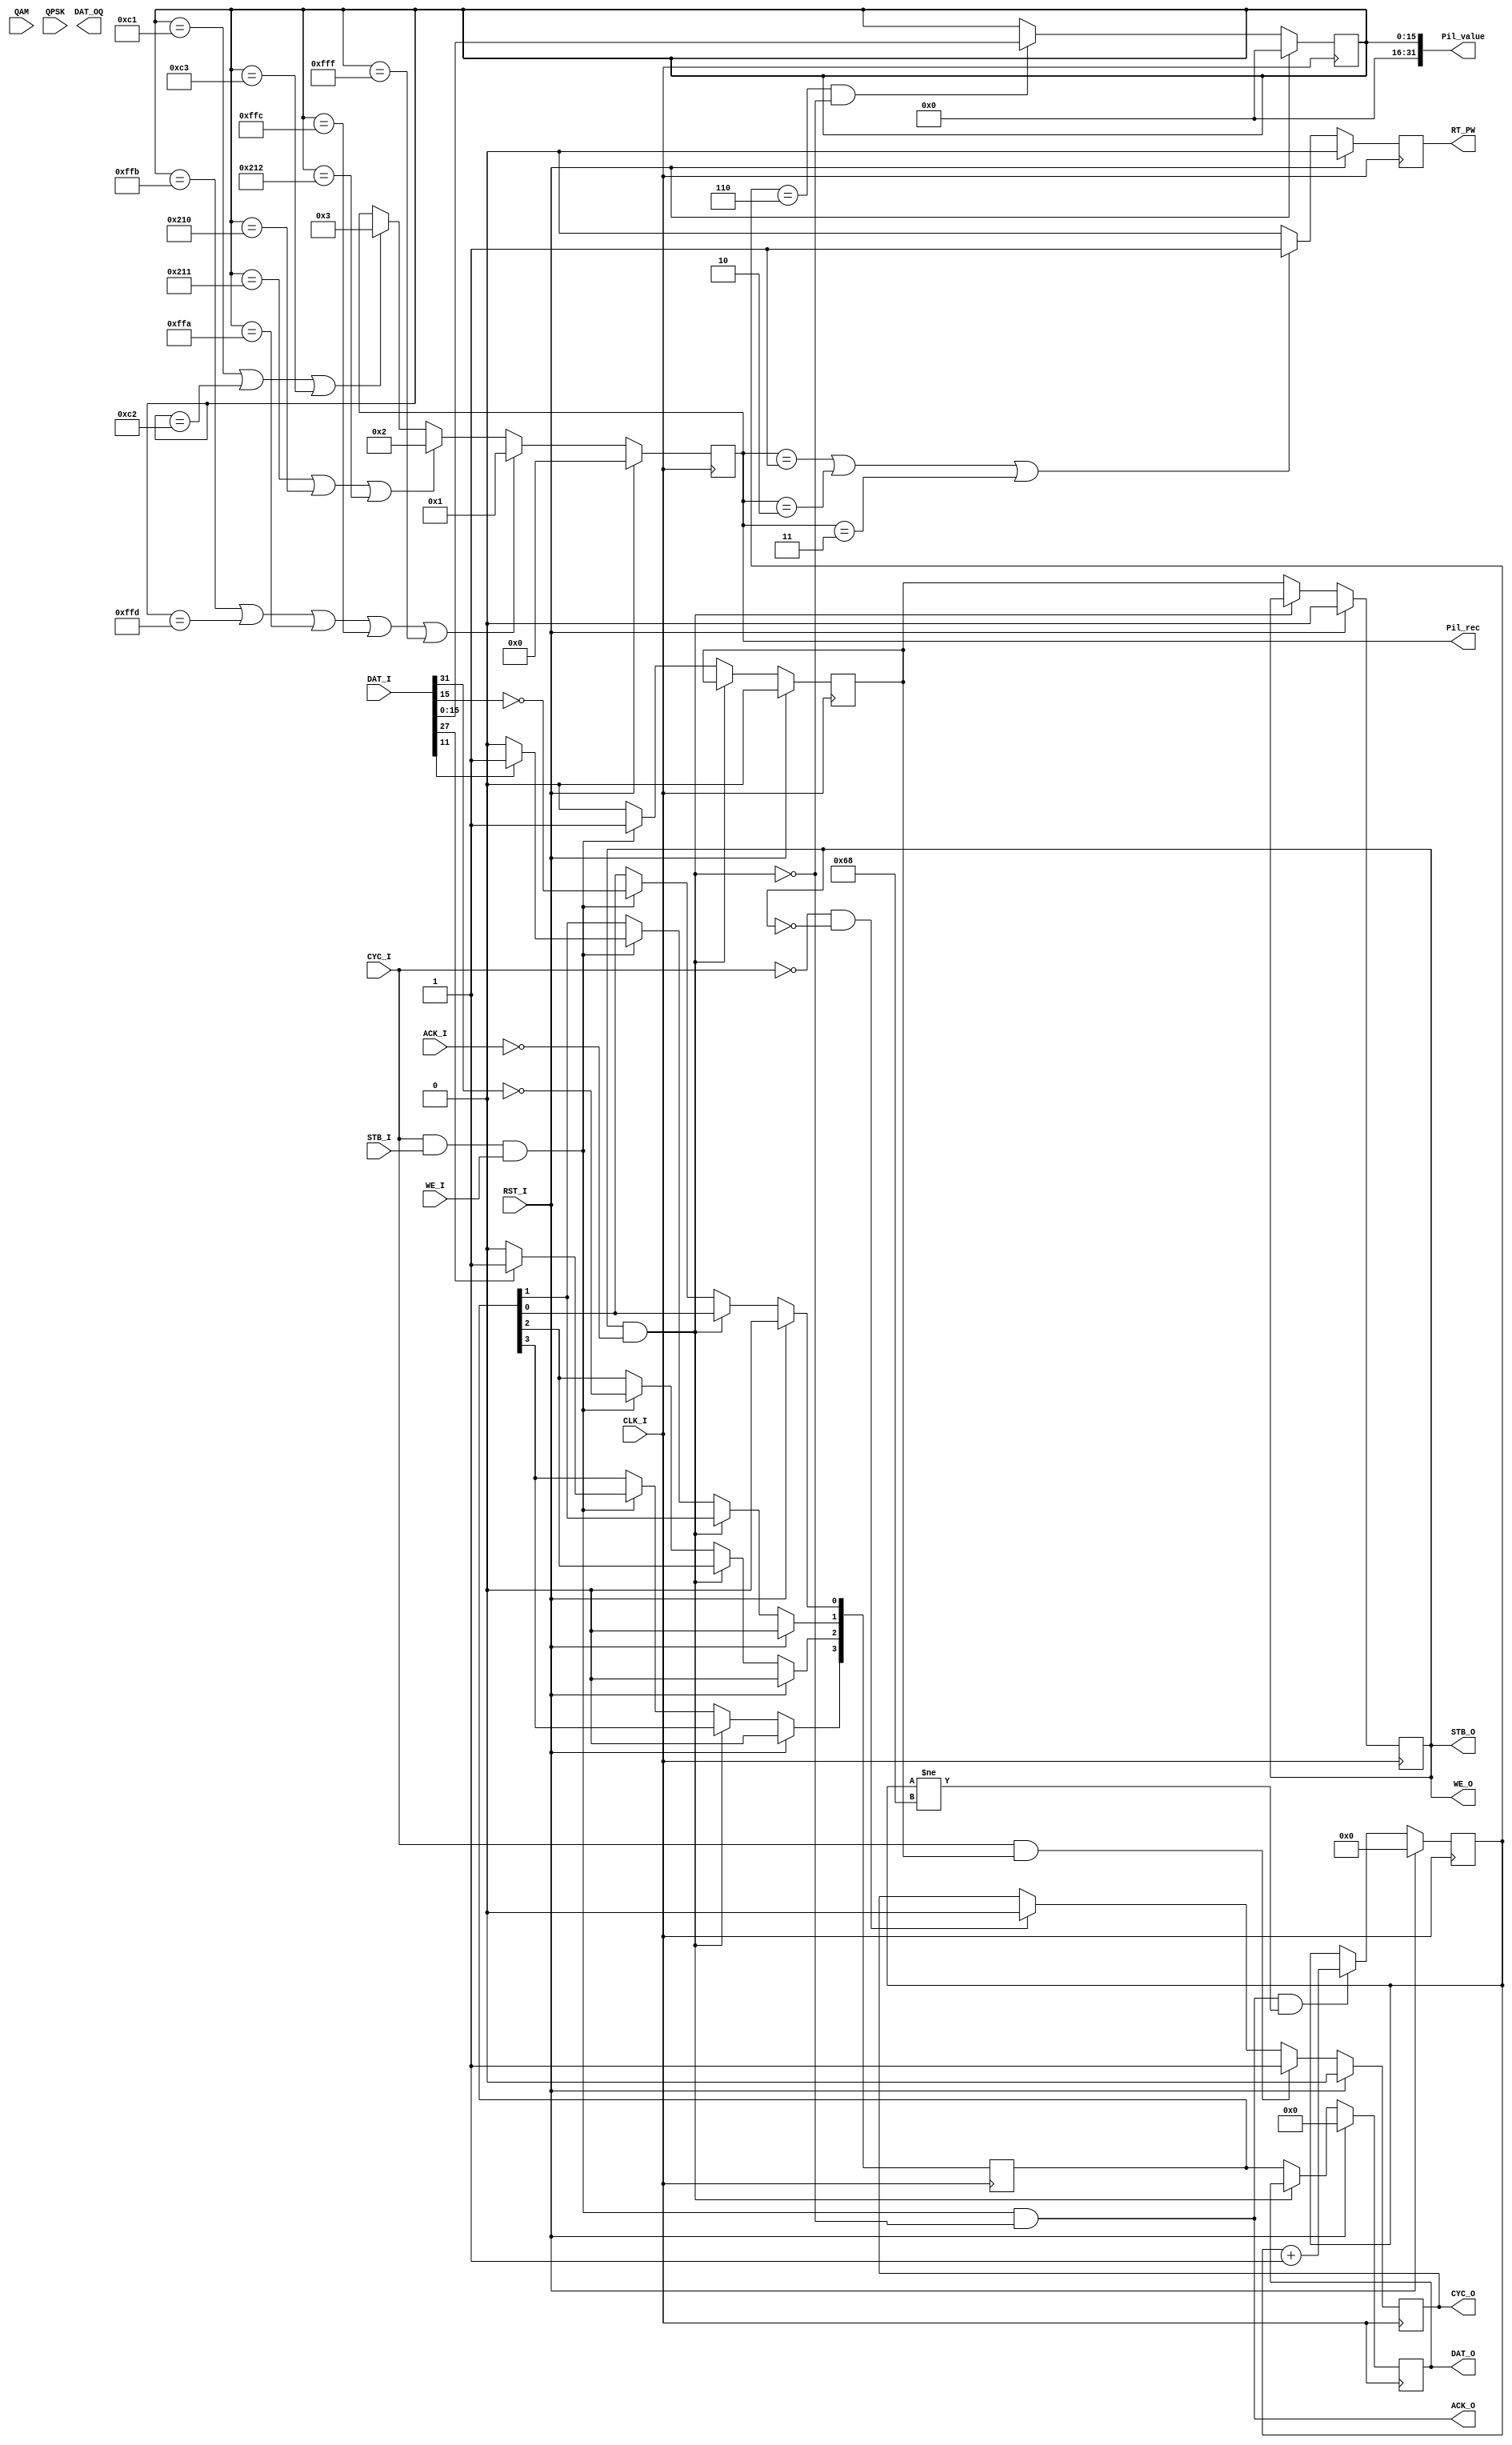
`timescale 1ns / 1ps
//////////////////////////////////////////////////////////////////////////////////
// Company: 
// Engineer: 
// 
// Design Name: 
// Module Name:    DataSymDem 
// Project Name: 
// Target Devices: 
// Tool versions: 
// Description: 
//
// Dependencies: 
//
// Revision: 
// Revision 0.01 - File Created
// Additional Comments: 
//
//////////////////////////////////////////////////////////////////////////////////
module DataSymDem16(
	input 			CLK_I, RST_I,
	input [31:0] 	DAT_I,
	input 			WE_I, STB_I, CYC_I,
	input QAM, QPSK,
	output			ACK_O,
	
	output reg [3:0]	DAT_O,
	output reg [1:0] DAT_OQ,
	output reg			CYC_O, STB_O,
	output reg [31:0] Pil_rec,
    output  [31:0] Pil_value,
	output              RT_PW,
	output				WE_O,
	input				ACK_I	
    );
	 
wire out_halt = STB_O & (~ACK_I);
wire ena = (CYC_I) & STB_I & WE_I;
wire			datout_ack;
reg dat_sym_ena;
wire [15:0] Pil_Re=DAT_I[15:0];
assign 	datout_ack = STB_O & ACK_I;
assign ACK_O = ena &(~out_halt);//ena &(~out_halt) & dat_sym_ena ; 

reg		 CYC_I_pp;
always @(posedge CLK_I or negedge RST_I)
begin
	if (RST_I) 	CYC_I_pp <= 1'b0;
	else 			CYC_I_pp <= CYC_I;
end


wire [15:0] QPSK_Im = DAT_I[31:16];
wire [15:0] QPSK_Re = DAT_I[15:0];
reg [3:0] bits_dem;
reg 		 bits_dem_val;
always @(posedge CLK_I)
begin
	if(RST_I) begin 
		bits_dem 		<= 2'b0;
		bits_dem_val 	<= 1'b0;
		end
	else if (~out_halt)	begin			
		if(ena) begin
			bits_dem[3] 	<= (QPSK_Im[11])?1'b1:1'b0;
			bits_dem[2] 	<= ~QPSK_Im[15];
			
			bits_dem[1] 	<= (QPSK_Re[11])?1'b1:1'b0;
			bits_dem[0] 	<= ~QPSK_Re[15];
			
			bits_dem_val	<= 1'b1;
			end
		else	bits_dem_val 		<= 1'b0;	
		end
end


always @(posedge CLK_I)
begin
	if(RST_I)	begin
		STB_O <= 1'b0;
		DAT_O <= 8'b0;
		end
	else if(~out_halt) begin	
		DAT_O <= {4'd0, bits_dem};	
		STB_O <= bits_dem_val;
		end	
end

always @(posedge CLK_I)
begin
	if(RST_I)								CYC_O	<= 1'b0;		
	else if ((CYC_I) & bits_dem_val)	CYC_O	<= 1'b1;
	else if ((~CYC_I) & (~STB_O)) 	CYC_O	<= 1'b0;
end

assign WE_O = STB_O;

reg [6:0] dat_cnt;  
    always@(posedge CLK_I)
    begin
        if(RST_I)                                        dat_cnt    <= 6'd0;        
        else if((ACK_O) && (dat_cnt !=104))              dat_cnt    <= dat_cnt + 1'b1;
    end
    
        reg val_pil;
        reg[15:0] Pil_P0,Pil_P1,Pil_P2,Pil_P3;  
        always @(posedge CLK_I) begin
            if(RST_I)   begin
              Pil_P0=16'b0;
              Pil_P1=16'b0;
              Pil_P2=16'b0;
              Pil_P3=16'b0; 
                 end                         
           else if ((dat_cnt==6'd6) && (~out_halt))
               Pil_P0=Pil_Re;
           else if ((dat_cnt==6'd20)&& (~out_halt))
               Pil_P1=Pil_Re;
           else if ((dat_cnt==6'd31)&& (~out_halt))
               Pil_P2=Pil_Re;
           else if ((dat_cnt==6'd45)&&(~out_halt))
               Pil_P3=Pil_Re;                  
          end
          
         always @(posedge CLK_I) begin
            if(RST_I)   
              Pil_rec = 0;  
            else if(Pil_P0==32'd4091| Pil_P0==32'd4093 | Pil_P0==32'd4090 | Pil_P0==32'd4092 | Pil_P0==32'd4095)    /// /// 0.9 Multiplications
            Pil_rec = 1;
            else if(Pil_P0==32'd529| Pil_P0==32'd528 | Pil_P0==32'd530)    /// 0.6 Multiplications
            Pil_rec=2;
            else if(Pil_P0==32'd193| Pil_P0==32'd194 | Pil_P0==32'd195)    /// 0.5 Multiplications
            Pil_rec=3;
            end
         
         reg rt_pw;  
    always @(posedge CLK_I) begin
                if(RST_I)   
                rt_pw = 0;
               else if (Pil_rec==1 |  Pil_rec==2 |Pil_rec==3)
                rt_pw=1;
               else if (Pil_rec==0)
                 rt_pw=0;
               else 
                rt_pw=0; 
                end
             
     assign RT_PW= rt_pw; 
    // wire [15:0]Pil_wire =Pil_P0[15:0];   
     assign  Pil_value={16'd0,Pil_P0};
                        
    endmodule